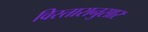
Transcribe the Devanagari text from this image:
विस्तारानुसार